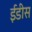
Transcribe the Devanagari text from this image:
ईडीस